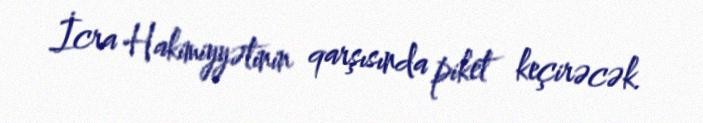
İcra Hakimiyyətinin qarşısında piket keçirəcək.